Annual report on the lock hospitals of the Madras Presidency
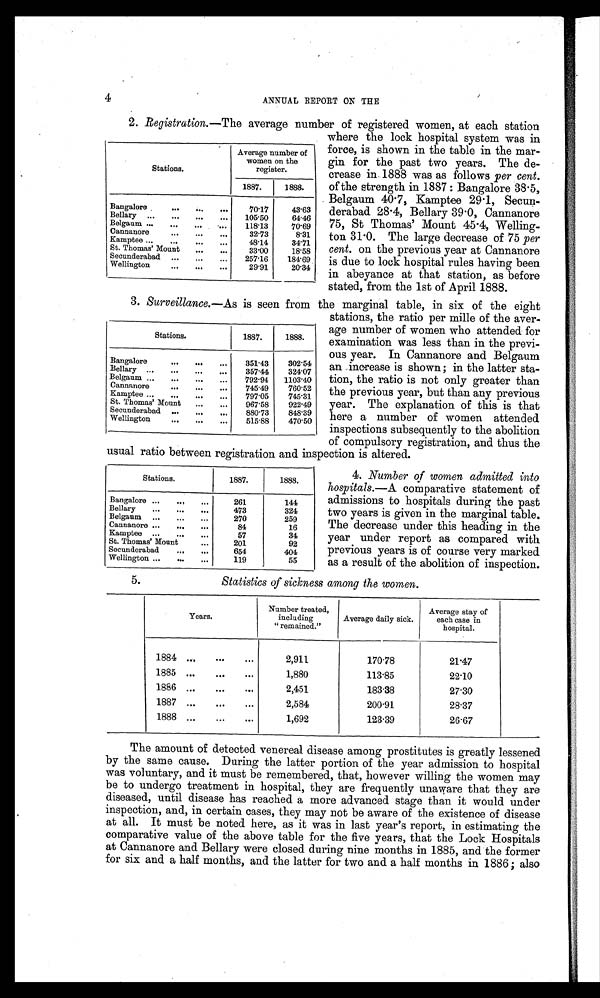
4
ANNUAL REPORT ON THE
2. Registration.—The average number of registered women, at each station
where the lock hospital system was in
force, is shown in the table in the mar-
gin for the past two years. The de-
crease in 1888 was as follows per cent.
of the strength in 1887: Bangalore 38.5,
Belgaum 40.7, Kamptee 29.1, Secun-
derabad 28.4, Bellary 39.0, Cannanore
75, St Thomas' Mount 45.4, Welling-
ton 31.0. The large decrease of 75 per
cent. on the previous year at Cannanore
is due to lock hospital rules having been
in abeyance at that station, as before
stated, from the 1st of April 1888.
3. Surveillance.—As is seen from the marginal table, in six of the eight
stations, the ratio per mille of the aver-
age number of women who attended for
examination was less than in the previ-
ous year. In Cannanore and Belgaum
an increase is shown; in the latter sta-
tion, the ratio is not only greater than
the previous year, but than any previous
year. The explanation of this is that
here a number of women attended
inspections subsequently to the abolition
of compulsory registration, and thus the
usual ratio between registration and inspection is altered.
Stations.
Average number of
women on the
register.
1887.
1888.
Bangalore... ... ... 70.17
43.63
Bellary .. ... . . .
105.50
64.46
Belgaum ... ... ... ... 118.13
70.69
Cannanore
... ... ...
32.73
8.31
Kamptee... ... ... ... 48.14
34.71
St. Thomas' Mount ... ...
33.00
18.58
Secunderabad ... ... ... 257.16 184.69
Wellington
... ... ...
29.91
20.34
Stations.
1887.
1888.
Bangalore
... ... ... 351.43 302.54
Bellary ... ... ... ...
357.44 324.07
Belgaum .,. ... ... ... 792.91 1103.40
Cannanore
... ... ...
745.49 760.52
Kamptee... ... ... ...
797.05 745.31
St. Thomas' Mount ... ...
967.58 922.49
Secunderabad ... ... ...
880.73 848.39
Wellington... ... ... 515.88 470.50
Stations.
1887.
1888.
Bangalore ... ... ...
261
144
Bellary ... ... ...
473
324
Belgaum ... ... ...
270
259
Cannanore... ... ...
84
16
Kamptee ... ... ...
57
34
St. Thomas' Mount
...
201
92
Secunderabad ... ...
654
404
Wellington... ... ...
119
55
4. Number of women admitted into
hospitals.—A comparative statement of
admissions to hospitals during the past
two years is given in the marginal table.
The decrease under this heading in the
year under report as compared with
previous years is of course very marked
as a result of the abolition of inspection.
5.
Statistics of sickness among the women.
Years.
Number treated,
including
" remained."
Average daily sick.
Average stay of
each case in
hospital.
1884 ...
...
...
2,911
170.78
21.47
1885 ...
... ...
1,880
113.85
22.10
1886 ...
... ...
2,451
183.38
27.30
1887 ...
... ...
2,584
200.91
28.37
1888 ...
... ...
1,692
123.39
26.67
The amount of detected venereal disease among prostitutes is greatly lessened
by the same cause. During the latter portion of the year admission to hospital
was voluntary, and it must be remembered, that, however willing the women may
be to undergo treatment in hospital, they are frequently unaware that they are
diseased, until disease has reached a more advanced stage than it would under
inspection, and, in certain cases, they may not be aware of the existence of disease
at all. It must be noted here, as it was in last year's report, in estimating the
comparative value of the above table for the five years, that the Lock Hospitals
at Cannanore and Bellary were closed during nine months in 1885, and the former
for six and a half months, and the latter for two and a half months in 1886; also